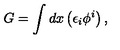
G = \int d x \left( \epsilon _ { i } \phi ^ { i } \right) ,